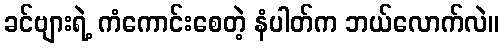
ခင်ဗျားရဲ့ ကံကောင်းစေတဲ့ နံပါတ်က ဘယ်လောက်လဲ။